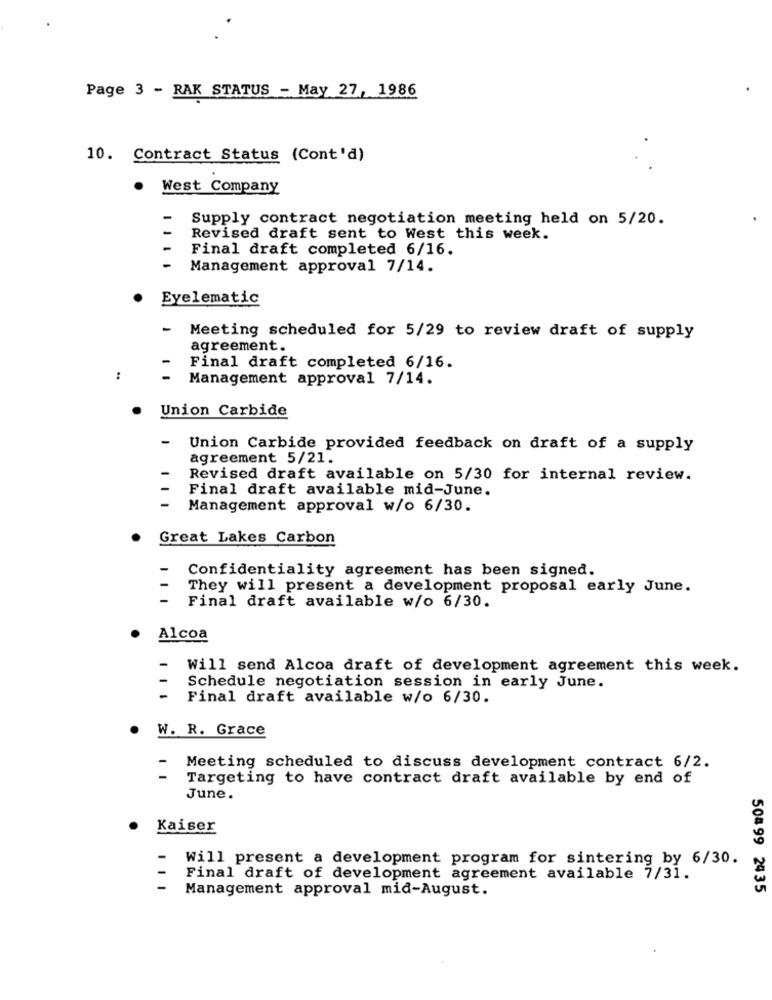
Page 3 - RAK STATUS - May 27, 1986
10. Contract Status (Cont'd)
. West Company
Supply contract negotiation meeting held on 5/20.
Revised draft sent to West this week.
Final draft completed 6/16.
Management approval 7/14.
Eyelematic
-
Meeting scheduled for 5/29 to review draft of supply
agreement.
Final draft completed 6/16.
:
Management approval 7/14.
Union Carbide
Union Carbide provided feedback on draft of a supply
agreement 5/21.
Revised draft available on 5/30 for internal review.
Final draft available mid-June.
Management approval w/o 6/30.
Great Lakes Carbon
Confidentiality agreement has been signed.
They will present a development proposal early June.
Final draft available w/o 6/30.
Alcoa
Will send Alcoa draft of development agreement this week.
Schedule negotiation session in early June.
Final draft available w/o 6/30.
W. R. Grace
-
Meeting scheduled to discuss development contract 6/2.
Targeting to have contract draft available by end of
June.
Kaiser
Will present a development program for sintering by 6/30.
Final draft of development agreement available 7/31.
Management approval mid-August.
504 99 24 35